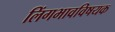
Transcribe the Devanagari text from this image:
लिंगभावविषयक